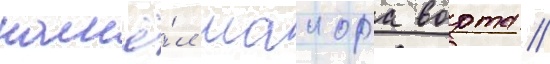
нашё́л маиора ворта //